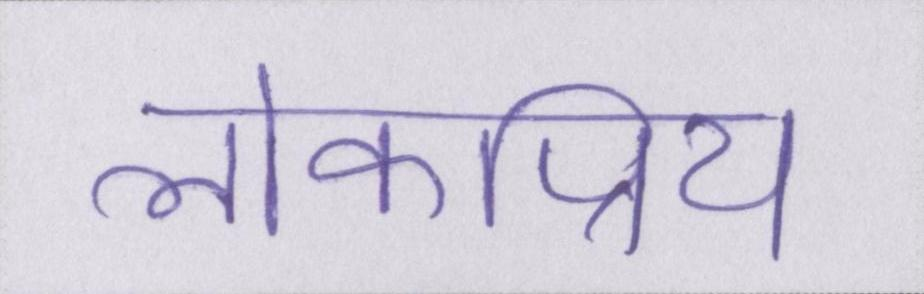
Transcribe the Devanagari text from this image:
लोकप्रिय